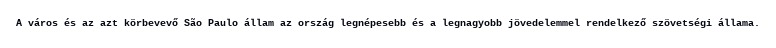
A város és az azt körbevevő São Paulo állam az ország legnépesebb és a legnagyobb jövedelemmel rendelkező szövetségi állama.